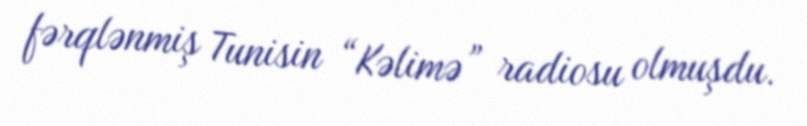
fərqlənmiş Tunisin “Kəlimə” radiosu olmuşdu.